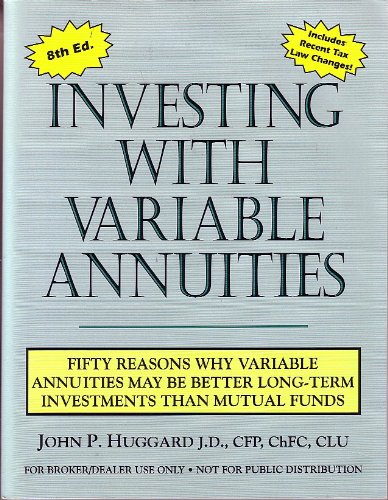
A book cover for Investing with Variable Annuities: Fifty Reasons Why Variables Annuities May Be Better Long-Term Investments Than Mutual Funds; John P. Huggard; Business & Money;